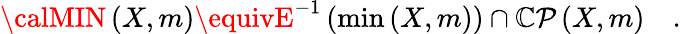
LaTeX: {\calMIN}\left(X,m\right)\equivE^{-1}\left(\operatorname*{min}\left(X,m\right)\right)\cap{\cal\mathbb{C}P}\left(X,m\right)\quad.